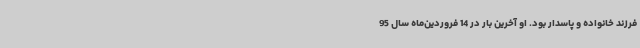
فرزند خانواده و پاسدار بود. او آخرین بار در 14 فروردین‌ماه سال 95